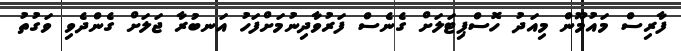
ފާރިސް މައުމޫން މިއަދު ހޮސްޕިޓަލަށް ގެނެސް ފަރުވާދިނުމަށްފަހު އަނބުރާ ޖަލަށް ގެންދެވި ވަގުތު